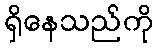
ရှိနေသည်ကို